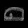
Digit: ၈